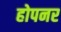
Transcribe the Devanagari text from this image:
होपनर